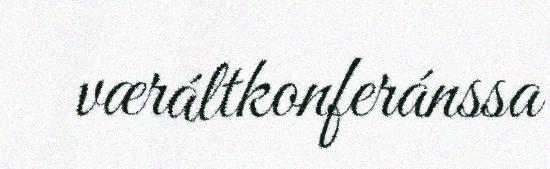
væráltkonferánssa